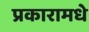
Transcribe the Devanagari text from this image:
प्रकारामधे